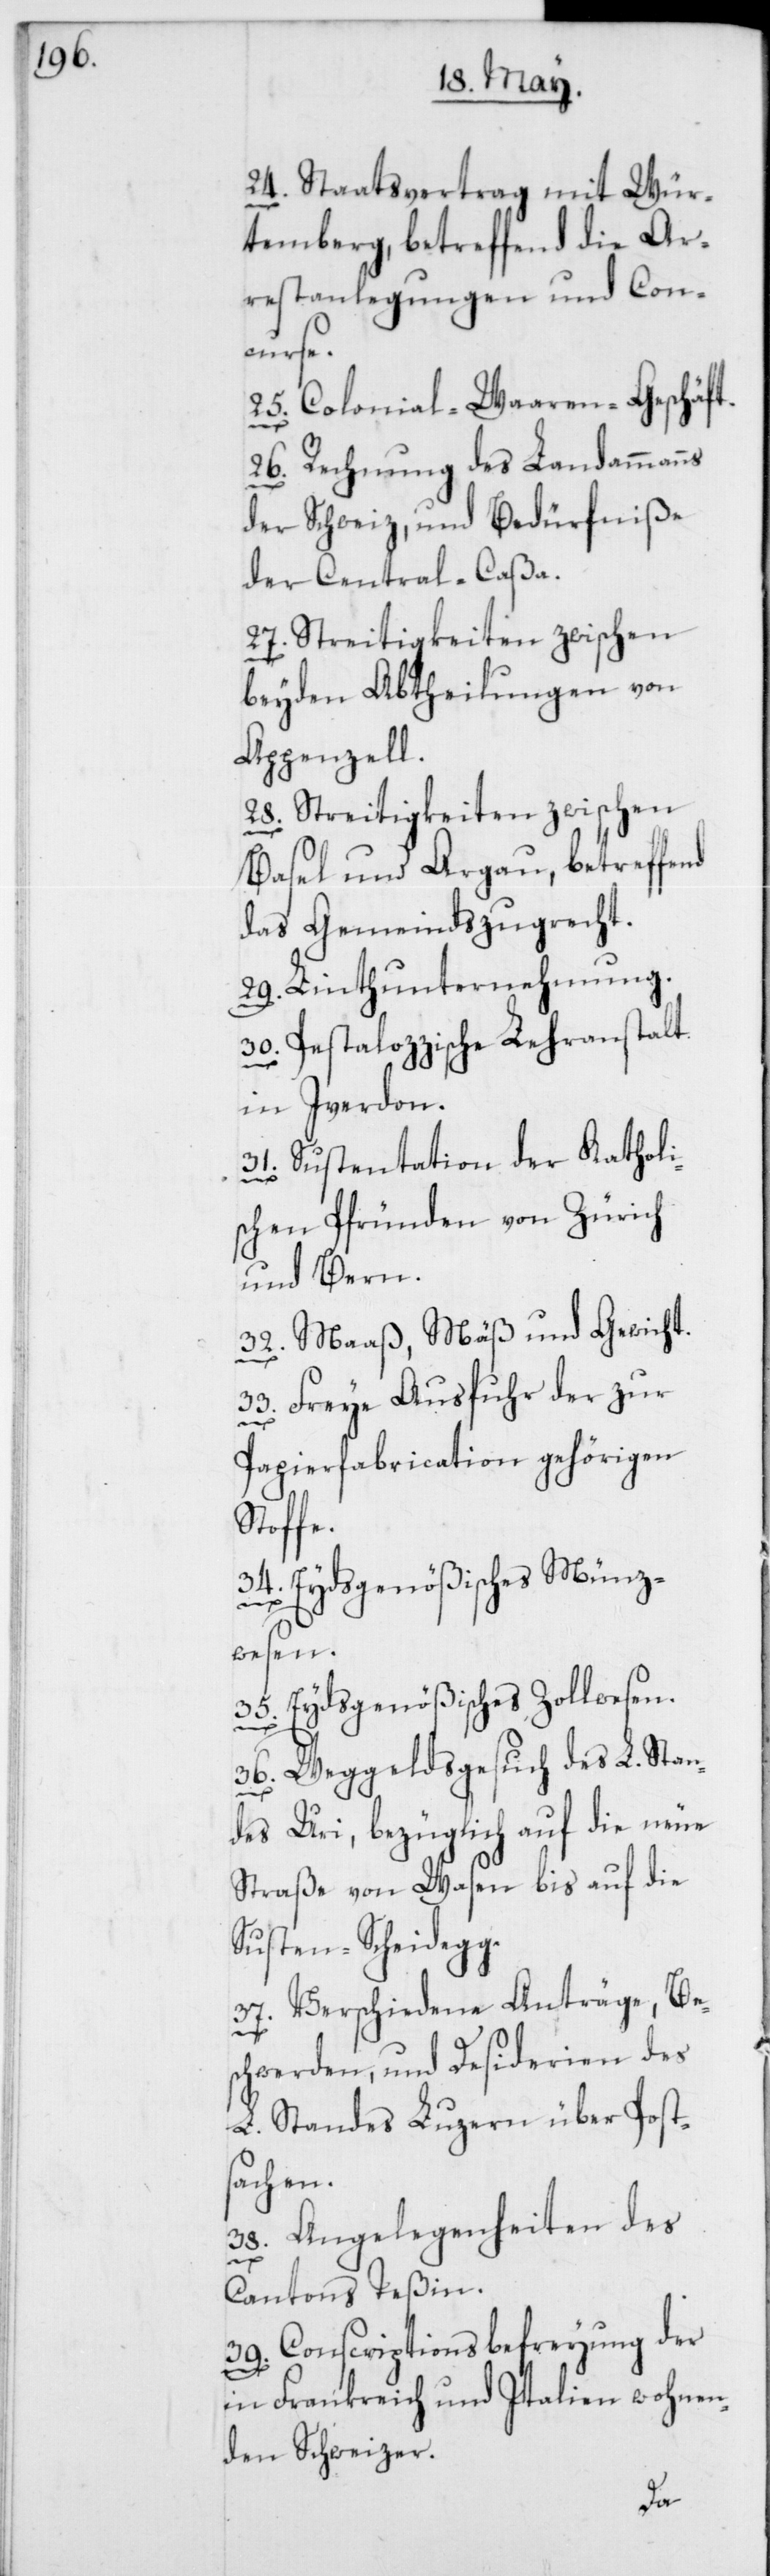
24. Staatsvertrag mit Wür¬
temberg, betreffend die Ar¬
restanlegungen und Con¬
curse.
25. Colonial-Waaren-Geschäft.
26. Rechnung des Landammanns
der Schweiz, und Bedürfniße
der Central-Caßa.
27. Streitigkeiten zwischen
beyden Abtheilungen von
Appenzell.
28. Streitigkeiten zwischen
Basel und Argau, betreffend
das Gemeindszugrecht.
29. Linthunternehmung.
30. Pestalozzische Lehranstalt
in Yverdon.
Sustentation der Katholi¬
31.
schen Pfründen von Zürich
und Bern.
32. Maaß, Mäß und Gewicht.
33. Freye Ausfuhr der zur
Papierfabrication gehörigen
Stoffe.
34. Eydsgenößisches Münz¬
wesen.
35. Eydsgenößisches Zollwesen.
36. Weggeldsgesuch des L. Stan¬
des Uri, bezüglich auf die neue
Straße von Wasen bis auf die
Susten-Scheidegg.
37. Verschiedene Anträge, Be¬
schwerden und Desiderien des
L. Standes Luzern über Posts¬
achen.
38. Angelegenheiten des
Cantons Teßin.
39. Conscriptionsbefreyung der
in Frankreich und Italien wohnen¬
den Schweizer.